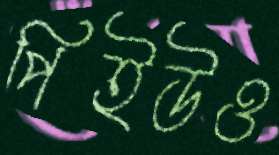
পিইউও